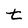
Character: t